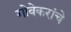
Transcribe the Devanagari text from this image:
गोवेकरांचे